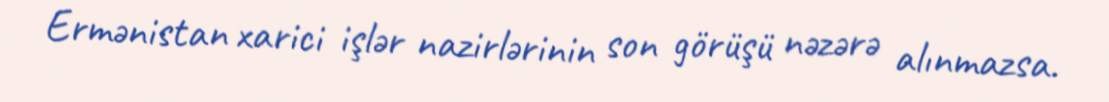
Ermənistan xarici işlər nazirlərinin son görüşü nəzərə alınmazsa.